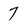
Character: 7